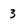
Character: 3